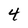
Character: 4